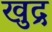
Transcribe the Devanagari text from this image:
खुद्र